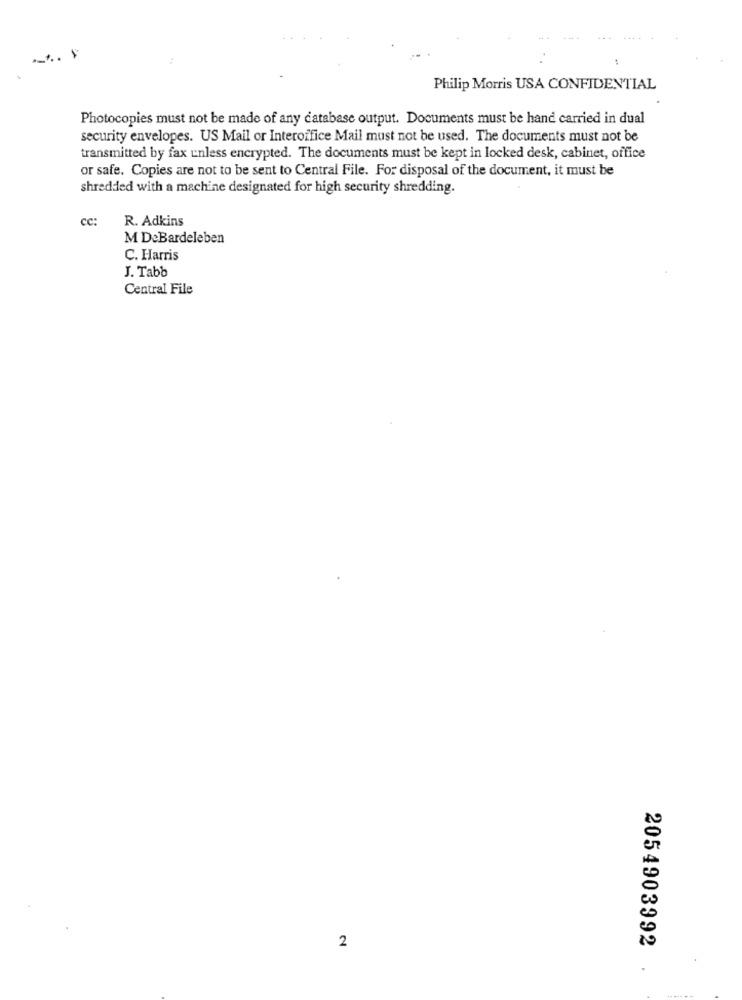
Philip Morris USA CONFIDENTIAL
Photocopies must not be made of any database output. Documents must be hand carried in dual
security envelopes. US Mail or Interoffice Mail must not be used. The documents must not be
transmitted by fax unless encrypted. The documents must be kept in locked desk, cabinet, office
or safe. Copies are not to be sent to Central File. For disposal of the document, it must be
shredded with a machine designated for high security shredding.
cc:
R. Adkins
M D:Bardeleben
C. Harris
J. Tabb
Central File
2
2054903992